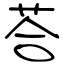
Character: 荅